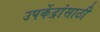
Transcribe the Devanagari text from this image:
उपकेंद्रांसाठी